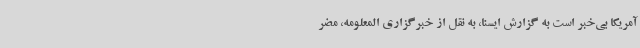
آمریکا بی‌خبر است به گزارش ایسنا، به نقل از خبرگزاری المعلومه، مضر